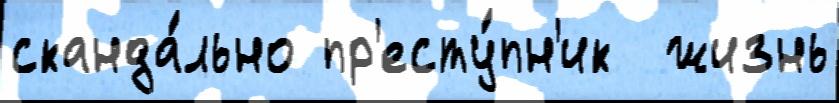
сканда́льно пр'есту́пн'ик  жизнь